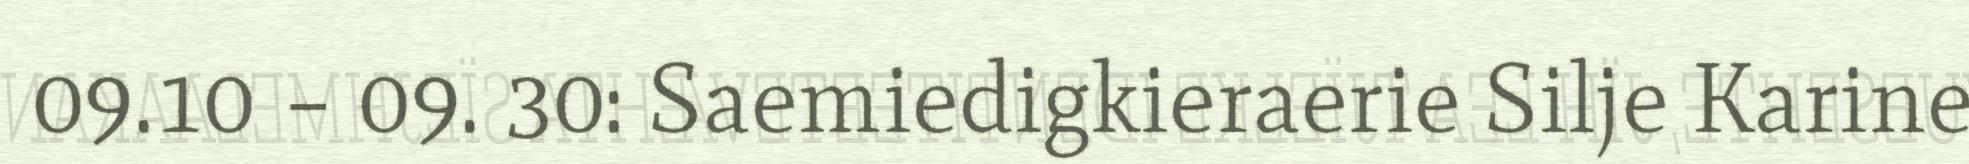
09.10 – 09. 30: Saemiedigkieraerie Silje Karine